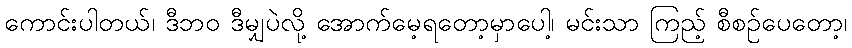
ကောင်းပါတယ်၊ ဒီဘဝ ဒီမျှပဲလို့ အောက်မေ့ရတော့မှာပေါ့၊ မင်းသာ ကြည့် စီစဉ်ပေတော့၊